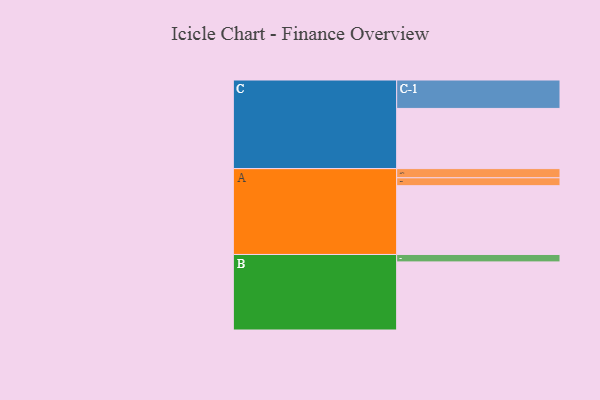
{"axis": {"x": "Segment", "y": "Value"}, "legend": ["", "A", "B", "C"], "data": [{"x": "A", "y": 593, "type": ""}, {"x": "B", "y": 587, "type": ""}, {"x": "C", "y": 519, "type": ""}, {"x": "A-1", "y": 79, "type": "A"}, {"x": "A-2", "y": 68, "type": "A"}, {"x": "B-1", "y": 64, "type": "B"}, {"x": "C-1", "y": 245, "type": "C"}]}